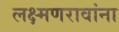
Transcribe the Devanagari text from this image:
लक्ष्मणरावांना